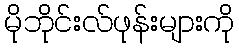
မိုဘိုင်းလ်ဖုန်းများကို